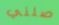
صلني